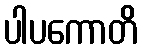
ပါပကောတိ